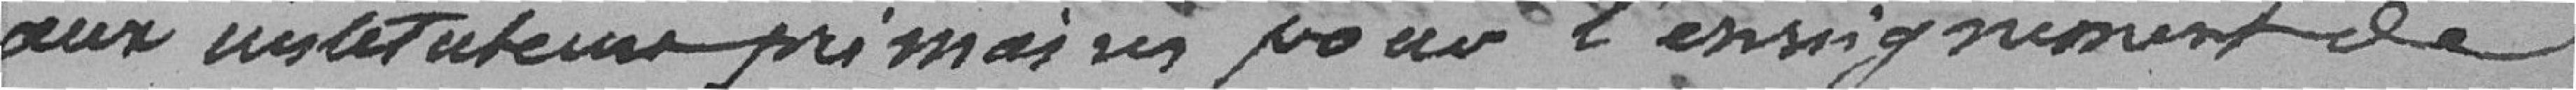
aux instituteurs primaires pour l'enseignement de